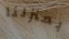
بمنزلنا